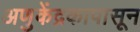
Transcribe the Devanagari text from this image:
अणुकेंद्रकापासून